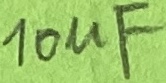
Text: 10µF